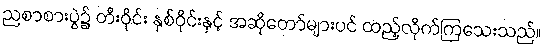
ညစာစားပွဲ၌ တီးဝိုင်း နှစ်ဝိုင်းနှင့် အဆိုတော်များပင် ထည့်လိုက်ကြသေးသည်။